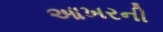
આખરની